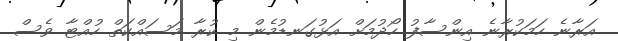
އަރާނެ ހަމަކުރާނެ އިންސާފު ހޯދުމަށް އަޅުގަނޑުމެން މި ކުރާ މަސައްކަތް ހުއްޓާ ވެސް